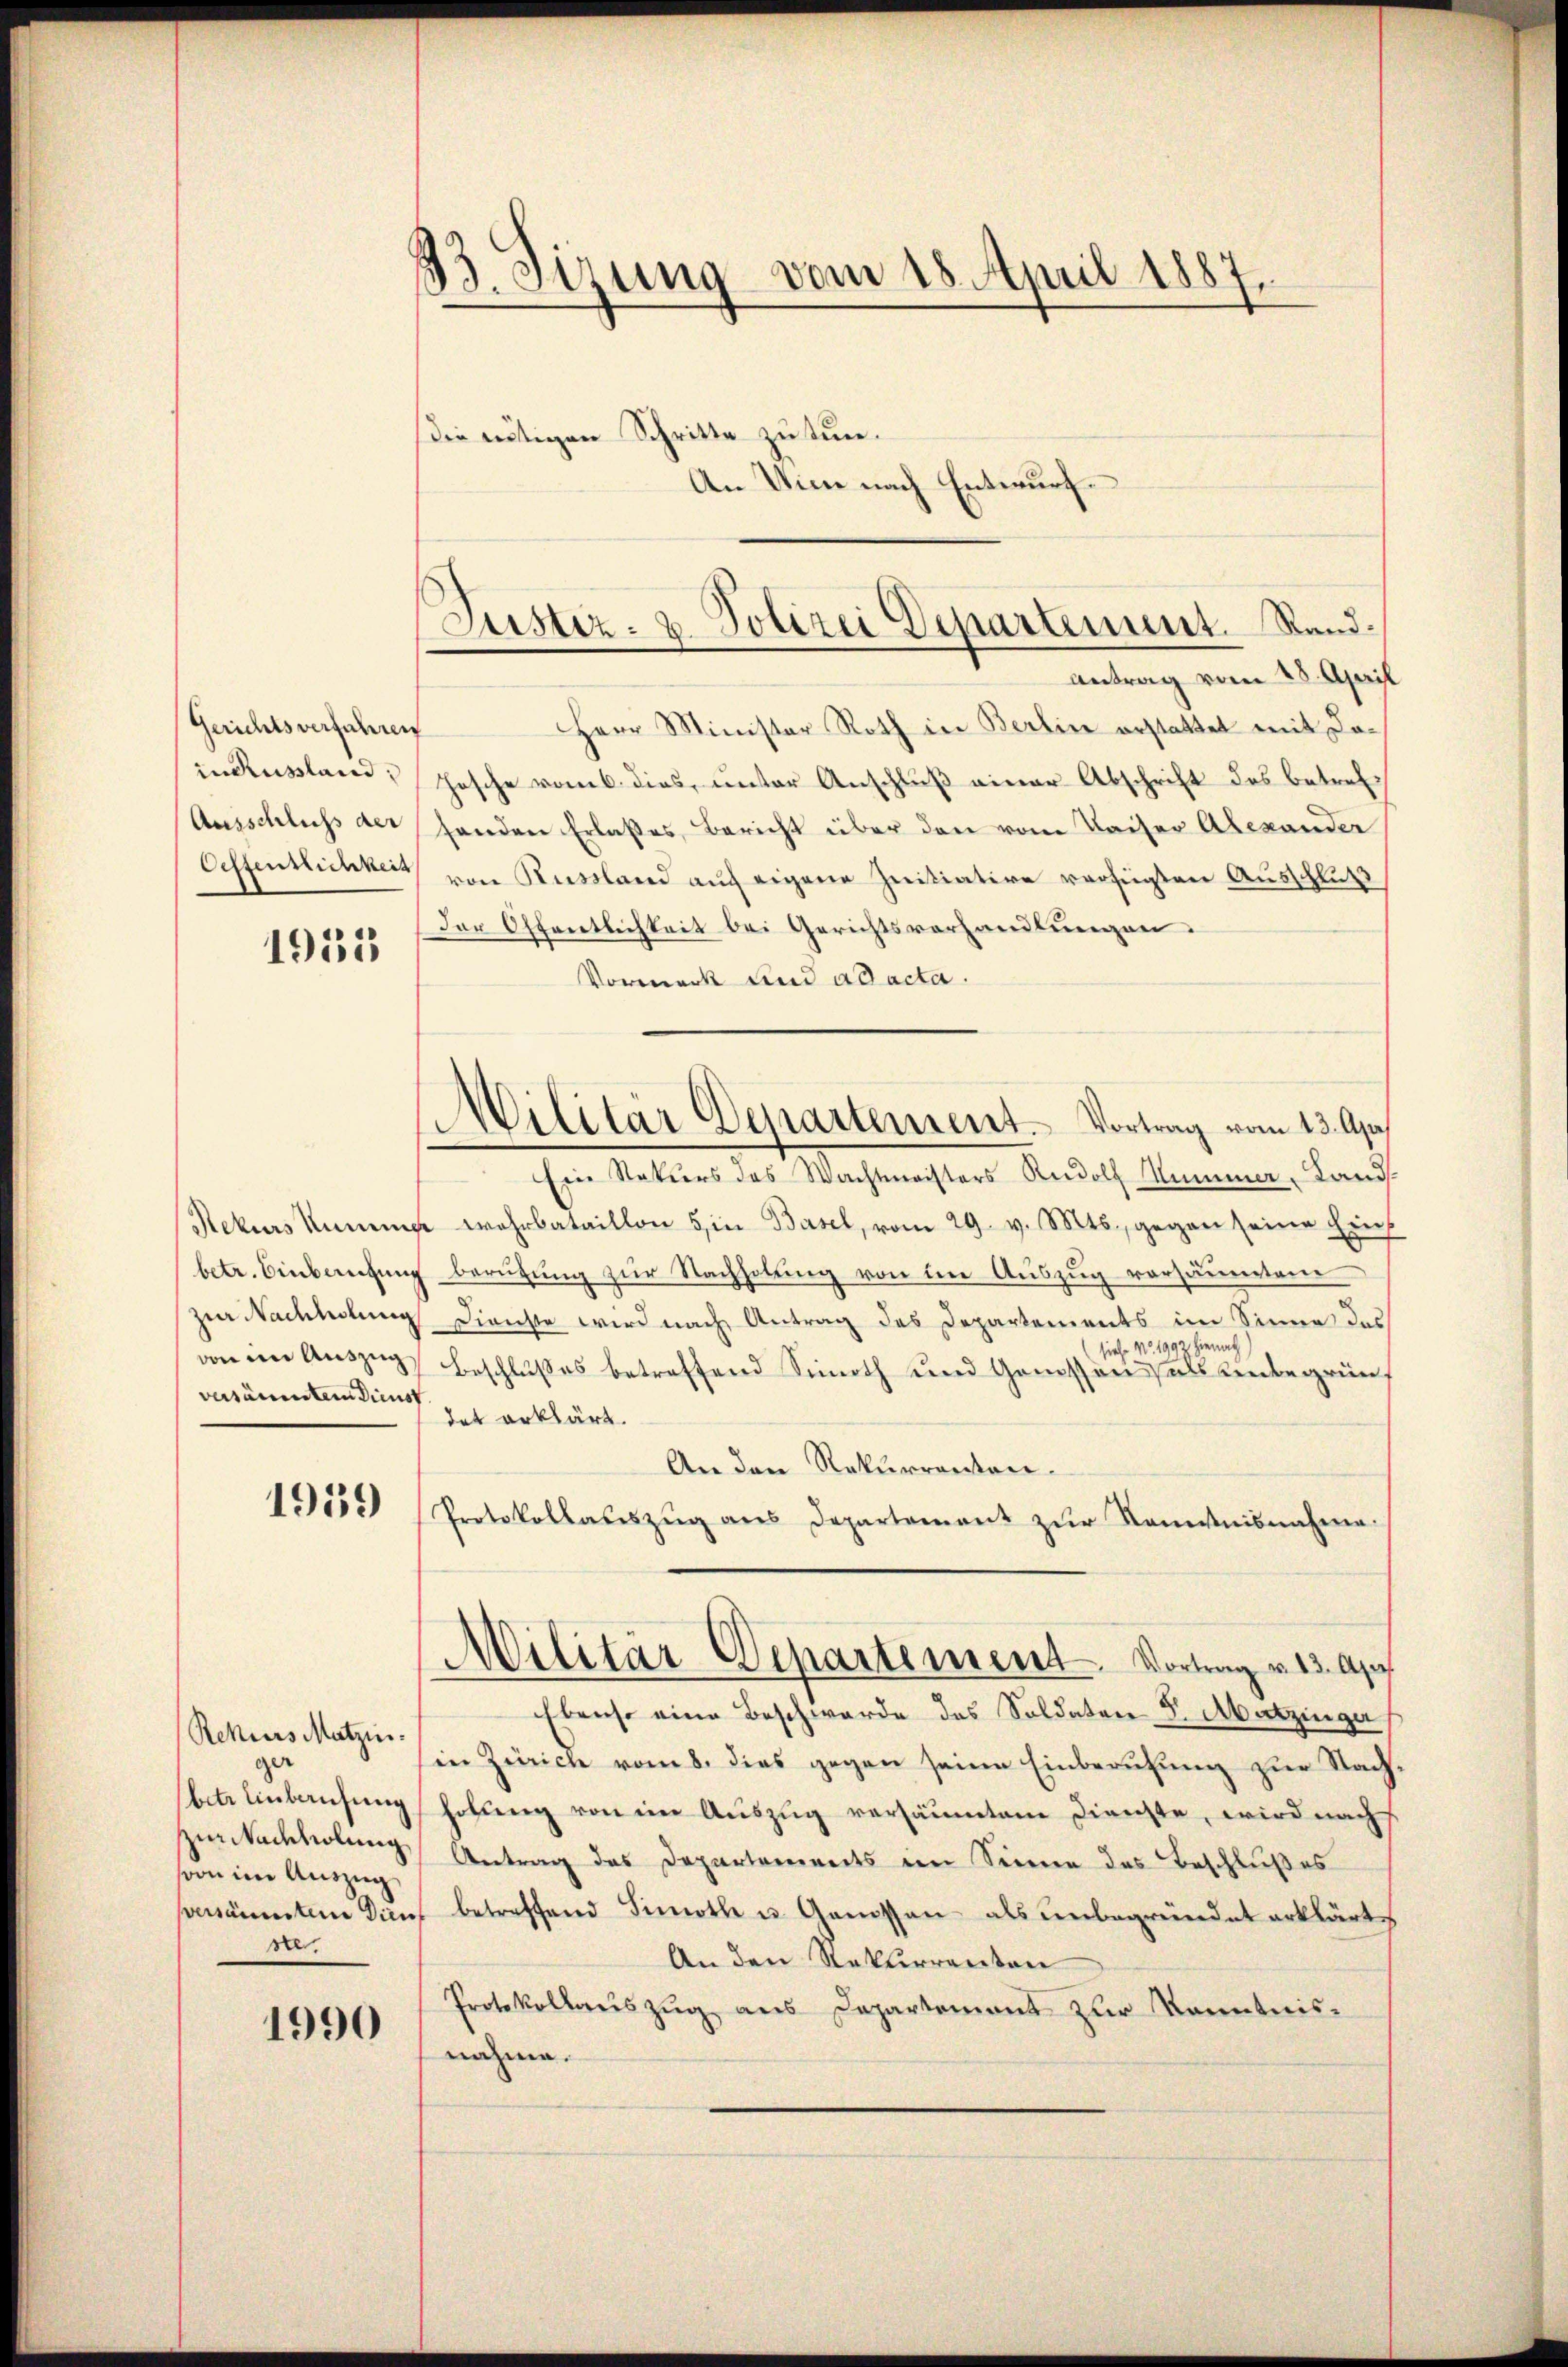
Gerichtsverfahren

1955

1939

Rekurs Matzin.
ger
von im Auszug
a.

1990

33. Sizung vom 18. April 1887.

Herr Minister Roth in Berlin erstattet mit Doin Russland Posche vom 6. dies, unter Anschluß einer Abschrift des betref¬
Ausschluss der Handen Erlaßes, Bericht über den vom Kaiser Alexander
Oeffentlichkeit von Russland auf eigene Initiative verfügten Ausschluß
Der Öffentlichkeit bei Gerichtsverhandlungen.
Vormerk und ad acta.
Ein Rekurs des Wachtmeisters Rudolf Nummer, Lands
Rekurs kümmer wahrbataillon in Basel, vom 29. v. Mts., gegen seine Einf
betr. Einberufung berufung zŭr Nachholung von den Auszug vorsäumtene
zur Nachholung Dienste wird nach Antrag des Departements im Sinne das
siehe No. 1992 hienach
von im Auszug, Beschlußes betreffend Simoth und Gemisson als unbegrünversäumten diens zu erklärt.
An den Rekurrenten.
Protokollaŭszŭg ans Departement zŭr Kenntnisnahme.
Militär-Departement. Vortrag v. 13. Apr
Ebenso eine Beschwerde des Soldaten 5. Matzinger
in Zürich vom 8. dies gegen seine Einberufung zur Nachbete Einbausŭng holŭng von im Auszug versäumten Dienste, wird nach
Zuwachselung Antrag des Departements im Sinne des Beschlußes
ssäumten Dann betreffend Simoth u. Genossen- als unbegründet erklärt
An den Rekurrenten
Protokollauszug aus Departemont zur Kenntnis-
nahme.

die nötigen Schritte zu tun¬
An Wien nach Entwurf.

Justiz- & Polizei Departement. Rand.
Antrag vom 28. April

Militär Departement. Vortrag vom 13. Apr